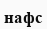
нафс